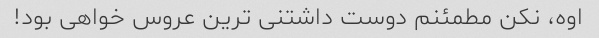
اوه، نکن مطمئنم دوست داشتنی ترین عروس خواهی بود!